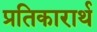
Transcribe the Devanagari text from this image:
प्रतिकारार्थ